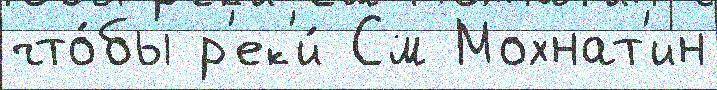
что́бы р'ек'и́ См Мохнат'ин